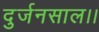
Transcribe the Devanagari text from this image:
दुर्जनसाल।।